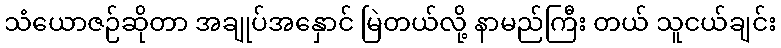
သံယောဇဉ်ဆိုတာ အချုပ်အနှောင် မြဲတယ်လို့ နာမည်ကြီး တယ် သူငယ်ချင်း